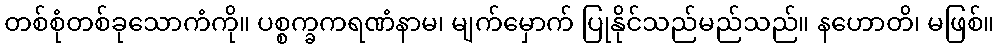
တစ်စုံတစ်ခုသောကံကို။ ပစ္စက္ခကရဏံနာမ၊ မျက်မှောက် ပြုနိုင်သည်မည်သည်။ နဟောတိ၊ မဖြစ်။